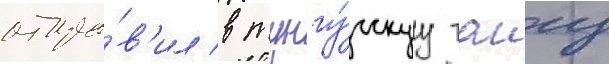
отпра́в'ил в тунгу́сскуу таигу